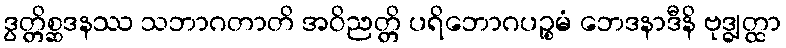
ဒွတ္တိစ္ဆဒနဿ သဘာဂတာတိ အဝိညတ္တိ ပရိဘောဂပဉ္စမံ ဘေဒနာဒီနိ ဗုဒ္ဓျတ္ထာ